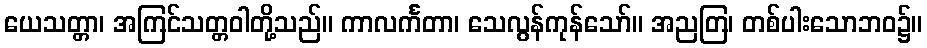
ယေသတ္တာ၊ အကြင်သတ္တဝါတို့သည်။ ကာလင်္ကတာ၊ သေလွန်ကုန်သော်။ အညတြ၊ တစ်ပါးသောဘဝ၌။